Vital statistics of India. Vol. VI, European troops 1870-79
Year: 1870
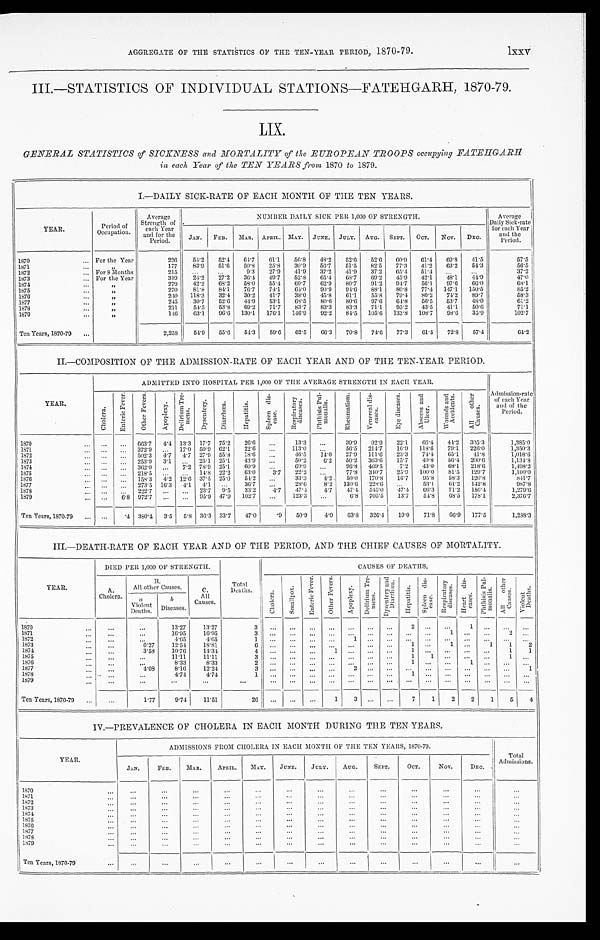
AGGREGATE OF THE STATISTICS OF THE TEN-YEAR PERIOD, 1870-79. lxxv
III.—STATISTICS OF INDIVIDUAL STATIONS—FATEHGARH, 1870-79.
LIX.
GENERAL STATISTICS of SICKNESS and MORTALITY of the EUROPEAN TROOPS occupying PATEHGARH
in each Year of the TEN YEARS from 1870 to 1879.
I.—DAILY SICK-RATE OF EACH MONTH OF THE TEN YEARS.
YEAR.
Period of
Occupat i on.
Average
Strength of
each Year
and for the
Period.
NUMBER DAILY SICK PER 1,000 OF STRENGTH.
Average
Daily Sick-rate.
for each Year
and the
Period.
JAN. FEB. MAR. APRIL. MAY. JUNE. JULY. AUG. SEPT. OCT. NOV. DEC.
1870
... For the Year
226 54.2 52.4 64.7 61.1 56.8 48.2 52.6 52.6 60.9 61.4 69.8 41.5
57.5
1871
... „
177 83.9 51.6 50.8 25.8 30.9 56.7 51.5 82.5 77.3 41.2 63.2 54.3
56.5
1872
. . . For 8 Months
215 ... ...
9.3 27.9 41.9 37.2 41.9 37.2 65.4 51.4 ...
...
37.2
1873
... For the Year
319 24.2 27.2 36.4 49.7 52.8 65.4 68.7 69.2 45.9 42.1 48.1 44.9
47.0
1874
... „
279
4 2 . 2 68.2 58.0 55.4 69.7 62.9 80.7
9 1 . 2 94.7 56.1 97.6
6 6 . 0
68. 1
1875
... „
270 81.8 84.1 76.7 74.1 64.0 90.9 94.6 88.1 80.8 77.4 147.1 150.5
85.2
1876
... „
240 118.3
32.4 30.2 41.7 38.0 45.8
61.1 55.8 79.4 80.2 74.2 89.7
58.3
1877
... „
245 30.7 52.6 44.9 53.1 68.5 80.6
80.6 97.6 64.8 56.5 53.7 48.0
61.2
1878
...
„
211
54.5 53.8 69.2 71.7 83.7 83.3 83.3 71.1 95.2 43.5 41.1 50.6
71.1
1879
...
„
146 63.1 96.6 130.1 176.1 146.9 92.2 84.5 105.6 133.8 108.7 98.6 35.9
102.7
Ten Years, 1870-79 ...
2,258
54.9 55.6 54.3 59.6 62.5 66.3 70.8 74.6 77.3 61.5 72.8 57.4
64.2
II.—COMPOSITION OF THE ADMISSION-RATE OF EACH YEAR AND OF THE TEN-YEAR PERIOD.
YEAR.
ADMITTED INTO HOSPITAL PER 1,000 OF THE AVERAGE STRENGTH IN EACH YEAR.
Admission-rate
of each Year
and of the
Period.
C h o l e r a .
E n t e r i c F e v e r . O t h e r F e v e r s .
A p o p l e x y .
D e l i r i u m T r e -
m e n s .
D y s e n t e r y . D i a r r h œ a .
H e p a t i t i s .
S p l e e n d i s -
e a s e .
R e s p i r a t o r y
d i s e a s e s .
P h t h i s i s P u l -
m o n a l i s .
R h e u m a t i s m .
V e n e r e a l d i s -
e a s e s .
E y e d i s e a s e s .
A b s c e s s a n d
Ul cer .
W o u n d s a n d
A c c i d e n t s .
A l l o t h e r
C a u s e s .
1870
... ... ... 663.7 4. 4 13.3 17.7 75.2 26.6 ...
13.3 ...
39.9 92.9 22.1 66.4 44.2 305.3
1,385.0
1871
... ... ... 372.9 ... 17.0 50.9 62.1 22.6
. . . 113.0 . . .
56.5 214.7 16.9 118.6 79.1 226.0
1,350.3
1872
... ... ... 502.3 4. 7 4.7 27.9 55.8 18.6 ...
46.5 14.0
27.9 111.6 23.3 74.4 65.1 41.8
1,018.6
1873
... ... ... 253.9 3.1 ... 25.1 25.1 43.9 ...
50.2
6.2 50.2 363.6 15.7 40.8 56.4 200.6
1,134.8
1874
... ... ... 362.0 . . .
7.2 78.9 25.1 60.9 ...
60.9 ...
96.8 469.5 7.2 43.0 68.1 218.6
1,498.2
1875
... ... ... 218.5 ... ... 14.8 22.2 63.0 3.7 22.2
. . .
77.8 340.7 25.9 100.0 81.5 129.7
1,100.0
1876
...
. . . ... 158.3 4. 2 12.6 37.5 25.0 54.2 ...
33.3
4.2 50.0 170.8 16.7 95.8 58.3 120.8
841.7
1878
... ...
... 2 7 3 . 5 16. 3 4.1 4.1 ...
36.7 ...
28.6 8.2 130.6 228.6 ...
53.1 61.2 142.8
987.8
1878
... ... ... 222.7 ... ... 23.7 9.5 33.2
4.7 47.4 4.7 47.4 545.0 47.4 66.3 71.2 156.4
1,279.6
1879
... ... 6.8 972.7
. . . ... 95.9 47.9 102.7 ...
123.3 . . .
6.8 705.5 13.7
54.8 68.5 178.1
2,376.7
Ten Years, 1870-79 ... ...
.4 380.4 3.5 5.8 36.3 33.7 47.0
.9 50.9 4.0
63.8 326.4 19.0
71.8 66.9 177.5
1,288.3
III.—DEATH-RATE OF EACH YEAR AND OF THE PERIOD, AND THE CHIEF CAUSES OF MORTALITY.
YEAR.
DIED PER 1,000 OF STRENGTH.
Total
Deaths.
CAUSES OF DEATHS.
A.
Cholera.
B.
All other Causes.
C.
All
Causes.
Cholera. Smallpox. E n t e r i c F e v e r .
O t h e r F e v e r s .
A p o p l e x y .
D e l i r i u m T r e -
m e n s .
D y s e n t e r y a n d
D i a r r h œ a .
H e p a t i t i s .
Spl een di s-
ease.
R e s p i r a t o r y
d i s e a s e s .
H e a r t d i s -
e a s e s .
P h t h i s i s P u l -
m o n a l i s .
A l l o t h e r
C a u s e s .
V i o l e n t
D e a t h s .
a
Violent
Deaths.
b
Diseases.
1870
...
...
...
13.27
13.27
3 ...
... ... ... ... ... ...
2 ...
... 1 ... ... ...
1871
...
...
. . .
16.95
16.95
3 .. . ... ... ... ...
... ...
. . . ...
1 ... ... 2
...
1872
...
...
. . .
4.65
4.65 1
...
... ... ... 1
... ...
. . .
...
...... ... ... ...
1873
... ...
6.27
12.54
18.81 6
...
. . .
. . . ...
. . . ...
...
1 ...
1 ...
1
1
2
1874
...
...
3.58 10.76
14.34
4 ...
... ... 1 ... ...
...
1 ... ... ... ...
1
1
1875
... ...
...
11.11
11.11 3
...
... ... ... ... ... ...
1
1 ... ... ...
1
. . .
1876
...
. . .
...
8.33
8.33 2
...
... ... ...
. . .
. . . . . .
1 ... ...
1 ... ... ...
1877
... ...
4.08
8.16
12.24
3 ... ... ... ...
2 ...
...
. . . ...
. . . ... ... ...
1
1878
...
. . .
...
4. 74
4.74
1 ... ... ... ...
... ... ... 1 ...
... ... ... ... ...
1879
... ...
. . .
. . . . . .
...
... ... ... ... ... ... ... ... ... ... ... ... ... ...
Ten Years, 1870-79 ... ...
1.77
9.74
11.51 26
...
... ...
13
... ... 7
1
2
2 1
5
4
IV.—PREVALENCE OF CHOLERA IN EACH MONTH DURING THE TEN YEARS.
YEAR.
ADMISSIONS FROM CHOLERA IN EACH MONTH OF THE TEN YEARS, 1870-79.
Total
Admissions.
JAN.
FEB. MAR.
APRIL.
MAY. JUNE. JULY. AUG.
SEPT.
OCT.
NOV.
DEC.
1870
. . .
...
. . .
. . . ...
... ...
...
...
...
. . . ...
...
...
1871
...
...
. . .
...
...
... ...
...
... ...
...
...
...
...
1872
...
...
. . .
...
...
... ...
... ...
. . .
. . . ... ...
...
1873
...
. . .
...
...
...
... ...
... ...
...
...
...
...
. . .
1874
...
. . .
...
...
......
...
. . .
...
. . .
...
...
. . .
. . .
1875
...
. . .
. . .
...
...
... ...
...
...
...
...
...
. . .
. . .
1876
. . .
...
...
......
... ...
... ... ...
. . . ...
. . .
. . .
1877
...
...
. . .
. . .
...
... ...
. . . ...
...
...
...
...
...
1878
. . .
. . .
. . .
. . .
...
... ...
. . . ...
...
...
... ...
...
1879
...
...
...
...
... ...
...
.. .
... ...
...
...
...
. . .
Ten Years, 1870-79
...
. . .
...
...
... ...
...
...
...
...
...
...
...
. . .